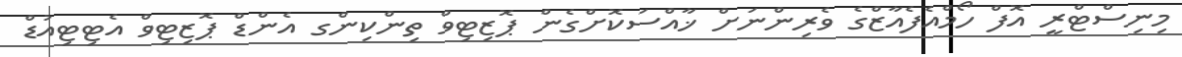
މިނިސްޓްރީ އޮފް ހޯމްއެފެއާޒްގެ ވެރިންނަށް ޚާއްސަކޮށްގެން ޕޮޒިޓިވް ތިންކިންގ އެންޑް ޕޮޒިޓިވް އެޓިޓިއުޑް